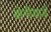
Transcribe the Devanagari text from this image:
बोनीयार्ड